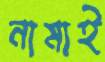
নামাই